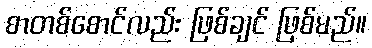
စာတစ်စောင်လည်း ဖြစ်ချင် ဖြစ်မည်။